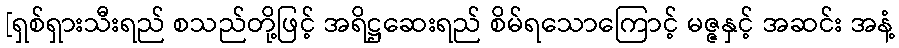
[ရှစ်ရှားသီးရည် စသည်တို့ဖြင့် အရိဋ္ဌဆေးရည် စိမ်ရသောကြောင့် မဇ္ဇနှင့် အဆင်း အနံ့